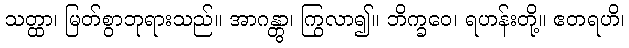
သတ္ထာ၊ မြတ်စွာဘုရားသည်။ အာဂန္တွာ၊ ကြွလာ၍။ ဘိက္ခဝေ၊ ရဟန်းတို့။ ဧတရဟိ၊